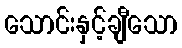
သောင်းနှင့်ချီသော